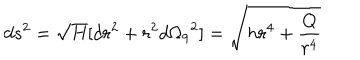
LaTeX: d s ^ { 2 } = \sqrt { H } [ d r ^ { 2 } + r ^ { 2 } { d \Omega _ { 9 } } ^ { 2 } ] = \sqrt { h r ^ { 4 } + \frac { Q } { r ^ { 4 } } }